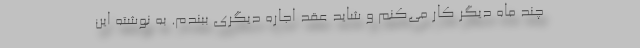
چند ماه دیگر کار می‌کنم و شاید عقد اجاره دیگری ببندم. به نوشته این